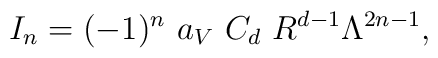
I_n=(-1)^n~a_V~C_d~R^{d-1} \Lambda^{2n-1},